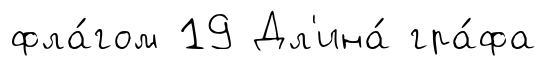
фла́гом 19 Дл'ина́ гра́фа